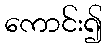
ကောင်း၍